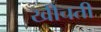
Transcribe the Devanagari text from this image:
खीचती